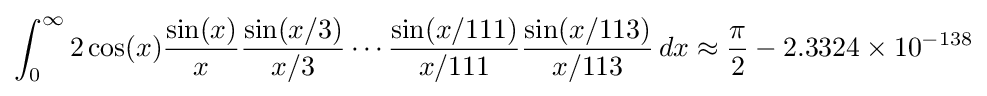
\int _{0}^{\infty }2\cos(x){\frac {\sin(x)}{x}}{\frac {\sin(x/3)}{x/3}}\cdots {\frac {\sin(x/111)}{x/111}}{\frac {\sin(x/113)}{x/113}}\,dx\approx {\frac {\pi }{2}}-2.3324\times 10^{-138}